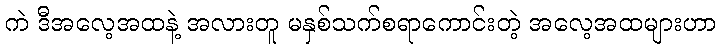
ကဲ ဒီအလေ့အထနဲ့ အလားတူ မနှစ်သက်စရာကောင်းတဲ့ အလေ့အထများဟာ